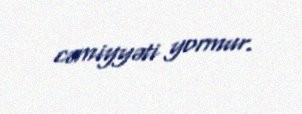
cəmiyyəti yormur.